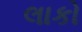
લાકો